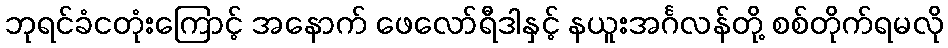
ဘုရင်ခံငတုံးကြောင့် အနောက် ဖေလော်ရီဒါနှင့် နယူးအင်္ဂလန်တို့ စစ်တိုက်ရမလို